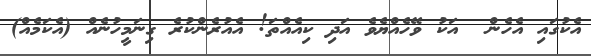
އެކުގައި އެހެން  އަކު ވޭހެއްޔެވެ އަދި ކިއެއްތަ! އެއުރެންކުރެ ގިނަމީހުނެއް (އެކަމެއް)